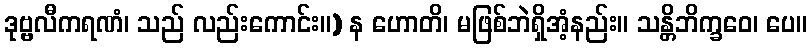
ဒုဗ္ဗလီကရဏံ၊ သည် လည်းကောင်း။) န ဟောတိ၊ မဖြစ်ဘဲရှိအံ့နည်း။ သန္တိဘိက္ခဝေ၊ ပေ။